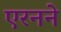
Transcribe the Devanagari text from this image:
एरनने